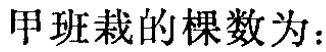
甲班栽的棵数为：